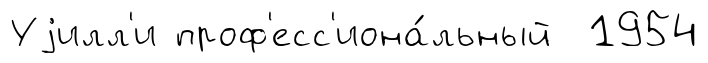
Уjилл'и проф'есс'иона́льный 1954